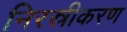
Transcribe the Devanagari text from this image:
निरस्रीकरण